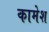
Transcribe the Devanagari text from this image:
कामेश